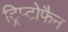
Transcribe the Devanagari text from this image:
ट्रिप्टोफैन